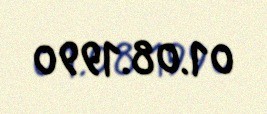
01.08.1990